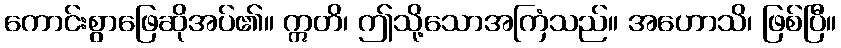
ကောင်းစွာဖြေဆိုအပ်၏။ ဣတိ၊ ဤသို့သောအကြံသည်။ အဟောသိ၊ ဖြစ်ပြီ။